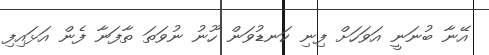
އޭނާ ބުނަނީ އަވަހަށް ފިނި ކަނޑުވަން ހޫނު ނުވަތަ ތާފަނާ ފެން އަޅައިފި